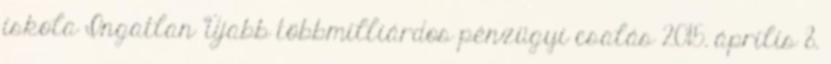
iskola Ingatlan Újabb többmilliárdos pénzügyi csalás 2015. április 8.